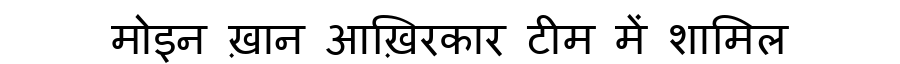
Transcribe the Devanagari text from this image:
मोइन ख़ान आख़िरकार टीम में शामिल